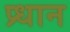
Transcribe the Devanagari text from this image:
प्र्धान